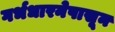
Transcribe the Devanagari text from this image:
गर्भधारनेपासून